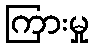
ကြားမှု